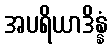
အပရိယာဒိန္နံ